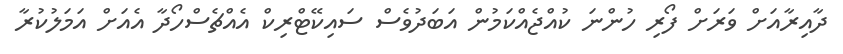
ދާއިރާއަށް ވަރަށް ފޯރި ހުންނަ ކުއްޖެއްކަމުން އަބަދުވެސް ސައިކޭޓްރިކް އެއްޗެސްހޯދާ އެއަށް އަމަލުކުރާ